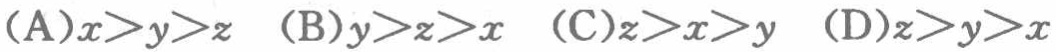
(A)$x > y > z$ (B)$y > z > x$ (C)$z > x > y$ (D)$z > y > x$